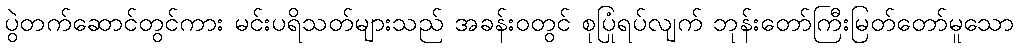
ပွဲတက်ဆောင်တွင်ကား မင်းပရိသတ်များသည် အခန်းဝတွင် စုပြုံရပ်လျက် ဘုန်းတော်ကြီးမြတ်တော်မူသော